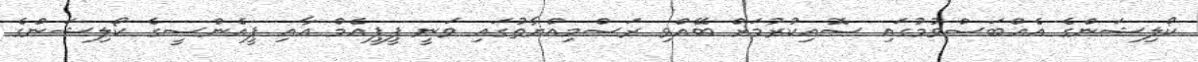
ކޯލިޝަންގެ އެއްބަސްވުމުގައި ސޮއިކުރުމަށް ބޭއްވި ރަސްމިއްޔާތުގައި ވަނީ ޕީޕީއެމް އާއި ޕީއެންސީގެ ކޯލިޝަންގެ